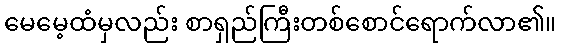
မေမေ့ထံမှလည်း စာရှည်ကြီးတစ်စောင်ရောက်လာ၏။